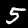
Label: 5